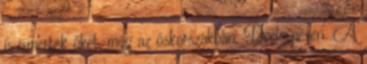
is ismerték őket, még az őskorszakban, Dodó néven. A